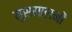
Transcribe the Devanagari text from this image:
मुसमालनों